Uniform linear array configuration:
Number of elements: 4
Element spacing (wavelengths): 0.25
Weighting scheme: uniform
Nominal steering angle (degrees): -30
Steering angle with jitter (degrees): -30.884
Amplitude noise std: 0.05
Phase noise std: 0.05

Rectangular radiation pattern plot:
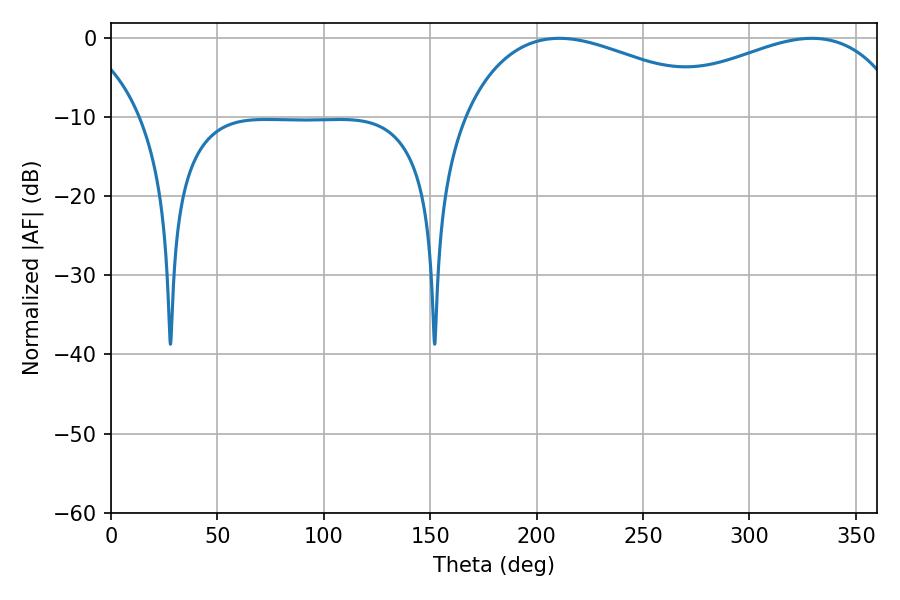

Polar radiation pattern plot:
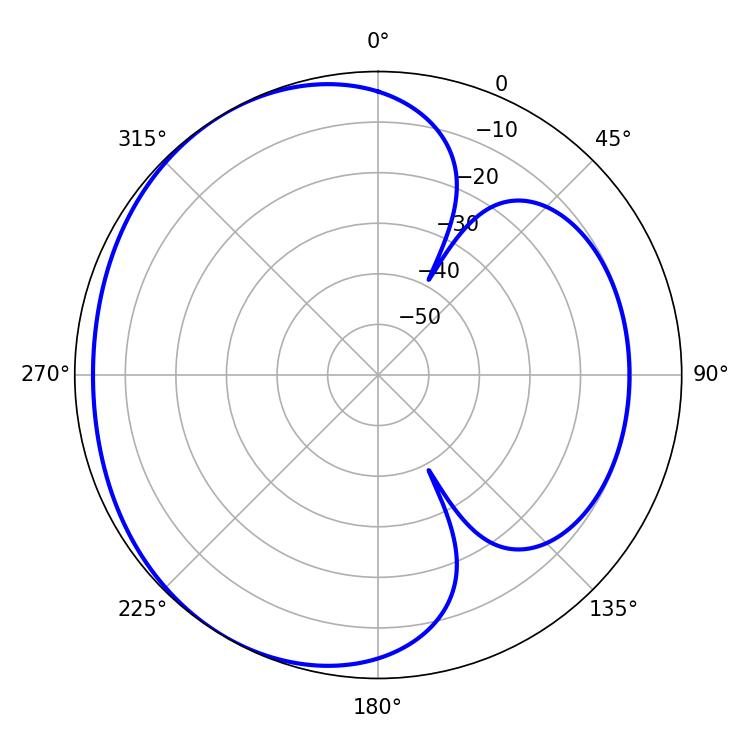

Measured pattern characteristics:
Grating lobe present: FALSE
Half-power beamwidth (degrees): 70.38
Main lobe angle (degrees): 210.6